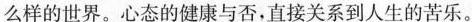
么样的世界。心态的健康与否，直接关系到人生的苦乐。